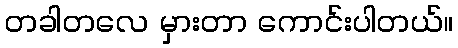
တခါတလေ မှားတာ ကောင်းပါတယ်။